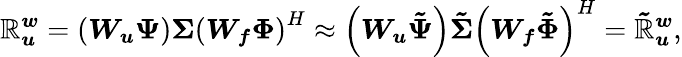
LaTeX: \boldsymbol{\mathbb{R}_{u}^{\mathit{w}}}=\left(\boldsymbol{W_{u}}\boldsymbol{\Psi}\right)\boldsymbol{\Sigma}\left(\boldsymbol{W_{f}}\boldsymbol{\Phi}\right)^{H}\approx\left(\boldsymbol{W_{u}}\boldsymbol{\tilde{{\Psi}}}\right)\boldsymbol{\tilde{{\Sigma}}}\left(\boldsymbol{W_{f}}\boldsymbol{\tilde{{\Phi}}}\right)^{H}=\boldsymbol{\tilde{{\mathbb{R}}}_{u}^{\mathit{w}}},